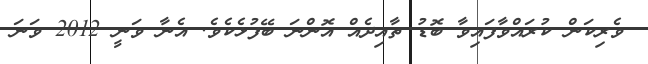
ވެރިކަން ކުރައްވާފައިވާ ބޮޑު ތާއިދެއް އޮންނަ ބޭފުޅެކެވެ. އެނާ ވަނީ 2012 ވަނަ